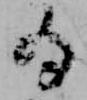
為